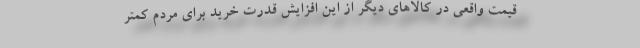
قیمت واقعی در کالاهای دیگر از این افزایش قدرت خرید برای مردم کمتر